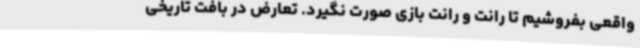
واقعی بفروشیم تا رانت و رانت بازی صورت نگیرد. تعارض در بافت تاریخی